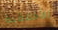
الأخلاقية